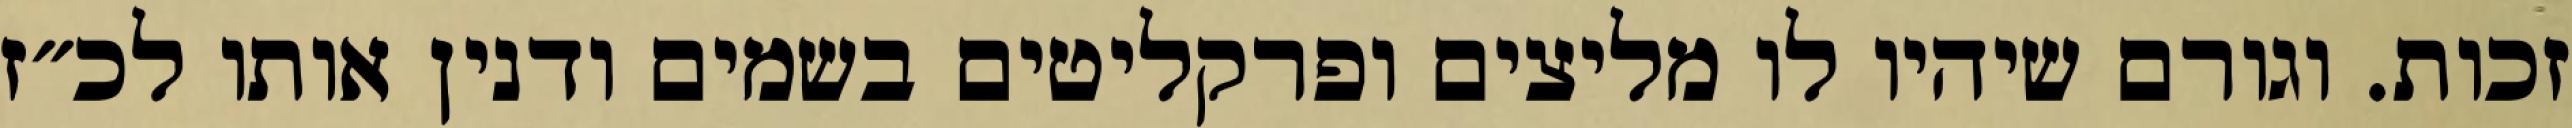
זכות. וגורם שיהיו לו מליצים ופרקליטים בשמים ודנין אותו לכ״ז